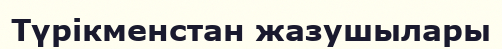
Түрікменстан жазушылары